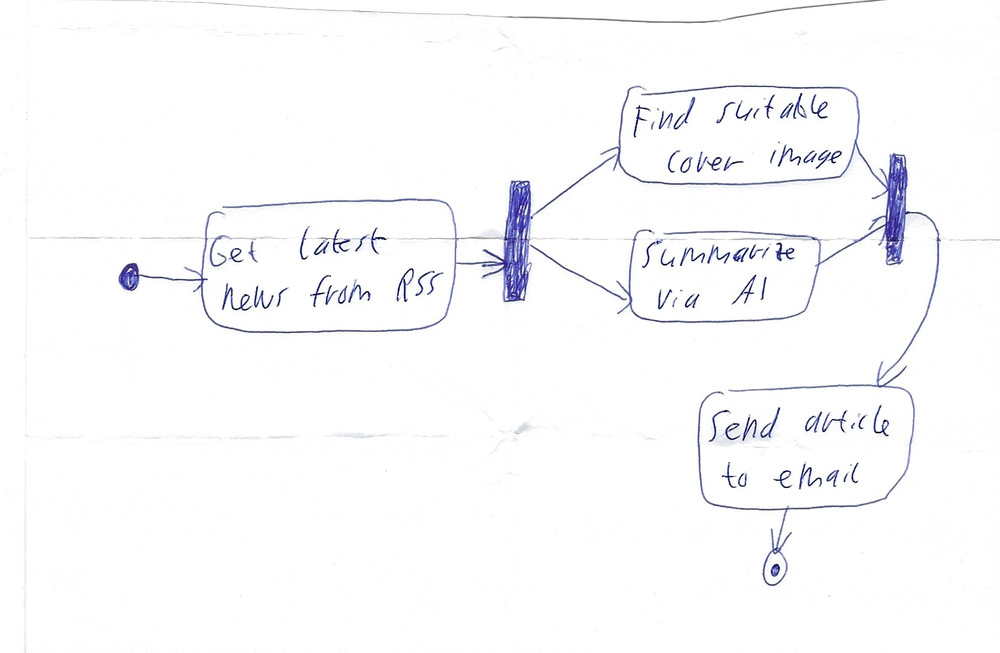
Diagram type: activity_diagram
```plantuml
@startuml

start

:Get latest news from RSS;

fork
  :Find suitable cover image;
fork again
  :Summarize via AI;
end fork

:Send article to email;

stop

@enduml
```